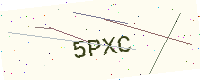
Text: 5PXC